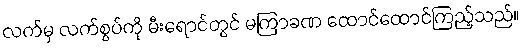
လက်မှ လက်စွပ်ကို မီးရောင်တွင် မကြာခဏ ထောင်ထောင်ကြည့်သည်။